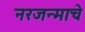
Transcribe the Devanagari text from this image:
नरजन्माचे